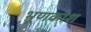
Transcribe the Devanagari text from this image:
भ्रूणकोश